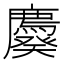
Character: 𰐆